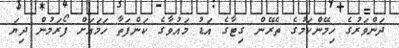
ދަންވަރުގެ ހިމޭންކަމުގެ ތެރޭން ގިޓާގެ އަޑު މައުވާގެ ކަންފަތާ ހަމައަށް ފޯރަމުން ދިޔަ